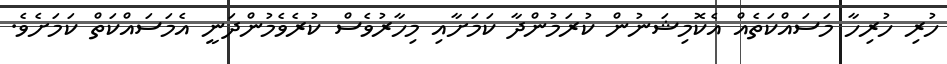
ހުރި ހުރިހާ މަސައްކަތެއް އެކޮމިޝަނުން ކުރަމުންދާ ކަމަށާއި މިހާރުވެސް ކުރެވެމުންދަނީ އެމަސައްކަތް ކަމަށެވެ.